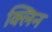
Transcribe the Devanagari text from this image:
क्‍लिन